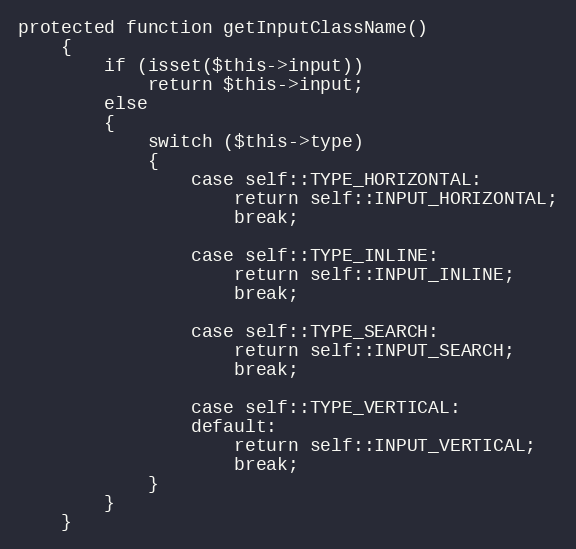
Language: PHP
protected function getInputClassName()
	{
		if (isset($this->input))
			return $this->input;
		else
		{
			switch ($this->type)
			{
				case self::TYPE_HORIZONTAL:
					return self::INPUT_HORIZONTAL;
					break;

				case self::TYPE_INLINE:
					return self::INPUT_INLINE;
					break;

				case self::TYPE_SEARCH:
					return self::INPUT_SEARCH;
					break;

				case self::TYPE_VERTICAL:
				default:
					return self::INPUT_VERTICAL;
					break;
			}
		}
	}